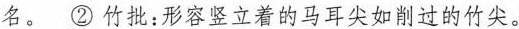
名。②竹批：形容竖立着的马耳尖如削过的竹尖。